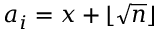
a _ { i } = x + \lfloor { \sqrt { n } } \rfloor